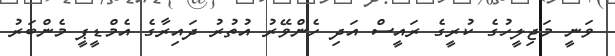
ވަނީ މަޖިލީހުގެ ކުރީގެ ރައީސް އަދި ހެންވޭރު އުތުރު ދައިރާގެ އެމްޑީޕީ މެންބަރު